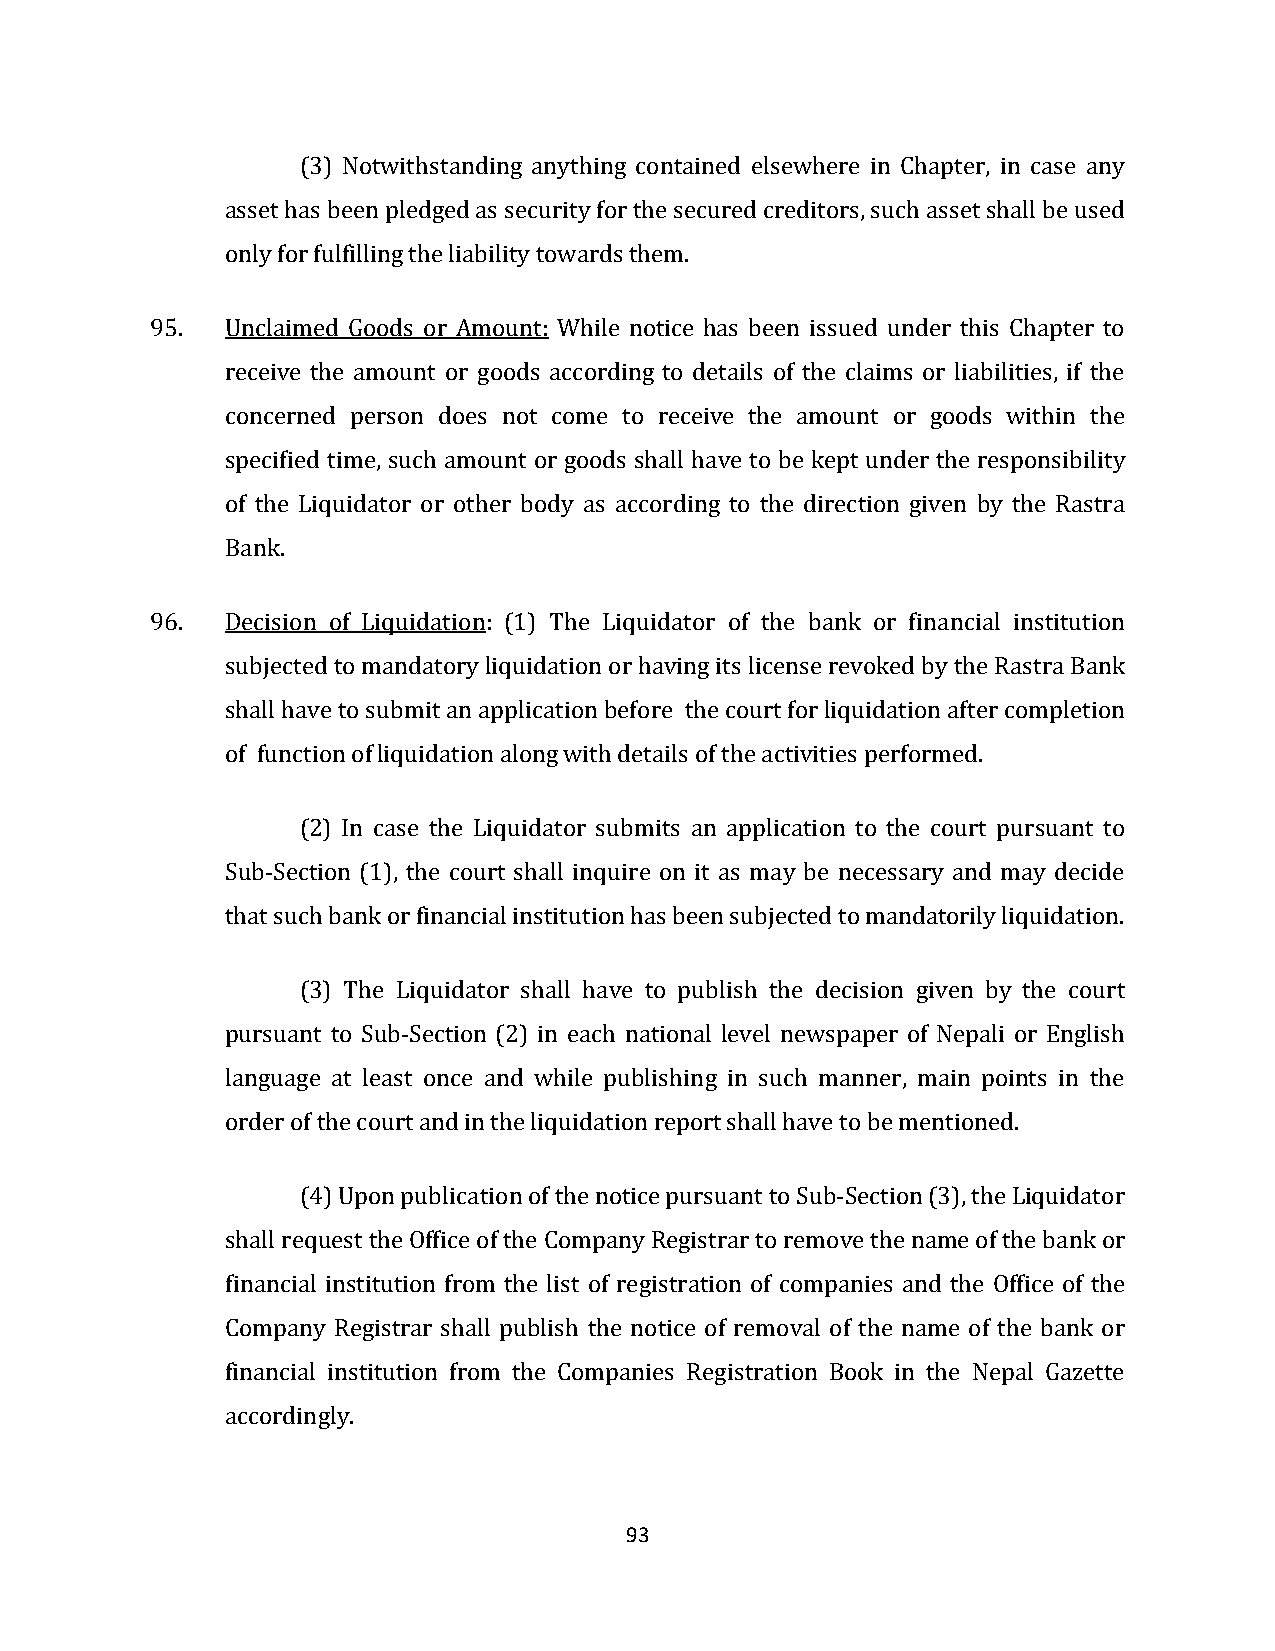
(3) Notwithstanding anything contained elsewhere in Chapter, in case any
 asset has been pledged as security for the secured creditors, such asset shall be used
 only for fulfilling the liability towards them.
 95.  Unclaimed Goods or Amount: While notice has been issued under this Chapter to
 receive the amount or goods according to details of the claims or liabilities, if the
 concerned person does not come to receive the amount or goods within the
 specified time, such amount or goods shall have to be kept under the responsibility
 of the Liquidator or other body as according to the direction given by the Rastra
 Bank.
 96.  Decision of Liquidation: (1) The Liquidator of the bank or financial institution
 subjected to mandatory liquidation or having its license revoked by the Rastra Bank
 shall have to submit an application before the court for liquidation after completion
 of function of liquidation along with details of the activities performed.
 (2) In case the Liquidator submits an application to the court pursuant to
 Sub-Section (1), the court shall inquire on it as may be necessary and may decide
 that such bank or financial institution has been subjected to mandatorily liquidation.
 (3) The Liquidator shall have to publish the decision given by the court
 pursuant to Sub-Section (2) in each national level newspaper of Nepali or English
 language at least once and while publishing in such manner, main points in the
 order of the court and in the liquidation report shall have to be mentioned.
 (4) Upon publication of the notice pursuant to Sub-Section (3), the Liquidator
 shall request the Office of the Company Registrar to remove the name of the bank or
 financial institution from the list of registration of companies and the Office of the
 Company Registrar shall publish the notice of removal of the name of the bank or
 financial institution from the Companies Registration Book in the Nepal Gazette
 accordingly.
 93